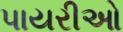
પાયરીઓ